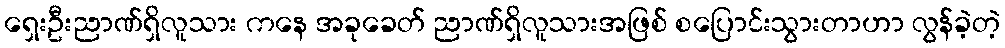
ရှေးဦးညာဏ်ရှိလူသား ကနေ အခုခေတ် ညာဏ်ရှိလူသားအဖြစ် စပြောင်းသွားတာဟာ လွန်ခဲ့တဲ့